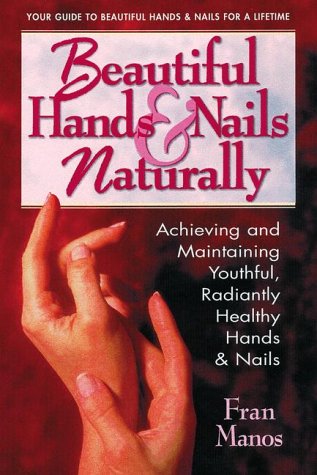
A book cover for Beautiful Hands and Nails, Naturally; Fran Manos; Health, Fitness & Dieting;